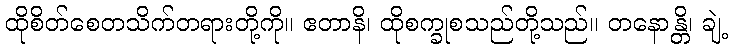
ထိုစိတ်စေတသိက်တရားတို့ကို။ ဧတာနိ၊ ထိုစက္ခုစသည်တို့သည်။ တနောန္တိ၊ ချဲ့